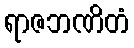
ရာဇဘဏိတံ